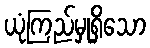
ယုံကြည်မှုရှိသော